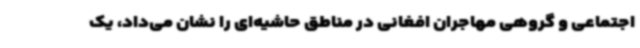
اجتماعی و گروهی مهاجران افغانی در مناطق حاشیه‌ای را نشان می‌داد، یک